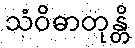
သံဝိဓာတုန္တိ